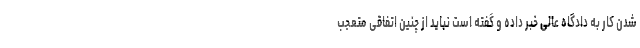
شدن کار به دادگاه عالی خبر داده و گفته است نباید از چنین اتفاقی متعجب